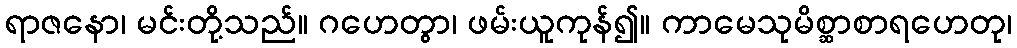
ရာဇနော၊ မင်းတို့သည်။ ဂဟေတွာ၊ ဖမ်းယူကုန်၍။ ကာမေသုမိစ္ဆာစာရဟေတု၊